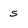
Character: s